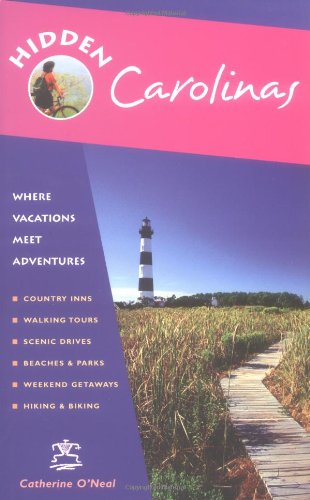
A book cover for Hidden Carolinas: Including Ashville, Great Smoky Mountains, Outer Banks, and Charleston; Catherine O'Neal; Travel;